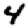
Digit: 4